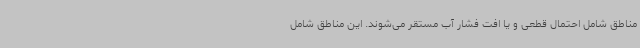
مناطق شامل احتمال قطعی و یا افت فشار آب مستقر می‌شوند. این مناطق شامل